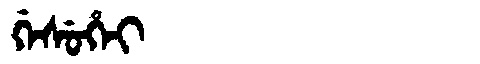
Manchu: ᡤᡝᠰᡠᡥᡝᡳ
Romanization: GESUHEI